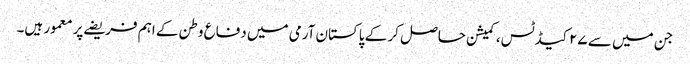
جن میں سے ۲۷ کیڈ ٹس، کمیشن حاصل کر کے پاکستان آرمی میں دفاع وطن کے اہم فریضے پر معمور ہیں۔